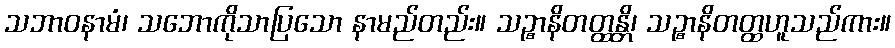
သဘာဝနာမံ၊ သဘောကိုသာပြသော နာမည်တည်း။ သဉ္စာနိတတ္ထန္တိ၊ သဉ္စာနိတတ္ထဟူသည်ကား။